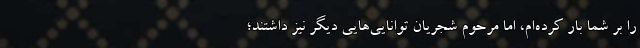
را بر شما بار کرده‌ام، اما مرحوم شجریان توانایی‌هایی دیگر نیز داشتند؛